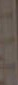
-